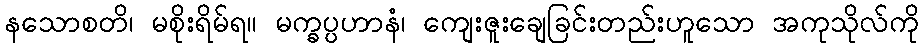
နသောစတိ၊ မစိုးရိမ်ရ။ မက္ခပ္ပဟာနံ၊ ကျေးဇူးချေခြင်းတည်းဟူသော အကုသိုလ်ကို